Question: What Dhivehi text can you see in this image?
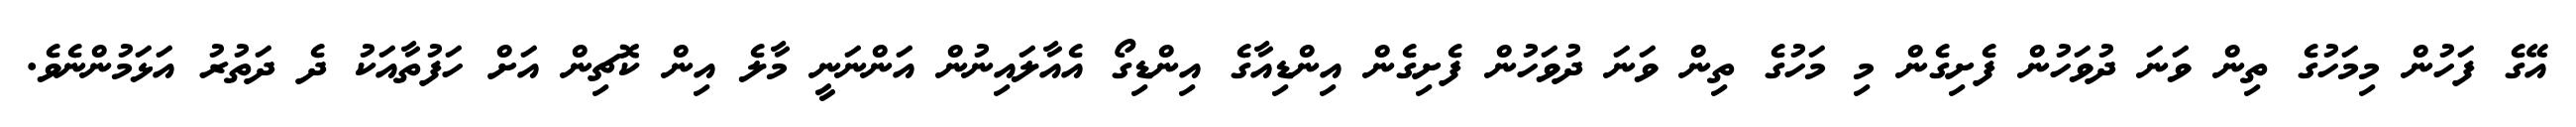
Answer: އޭގެ ފަހުން މިމަހުގެ ތިން ވަނަ ދުވަހުން ފެށިގެން މި މަހުގެ ތިން ވަނަ ދުވަހުން ފެށިގެން އިންޑިއާގެ އިންޑިގޯ އެއާލައިނުން އަންނަނީ މާލެ އިން ކޮޗިން އަށް ހަފުތާއަކު ދެ ދަތުރު އަޅަމުންނެވެ.